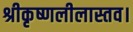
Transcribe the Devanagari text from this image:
श्रीकृष्णलीलास्तव।